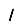
Digit: 1